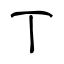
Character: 丅